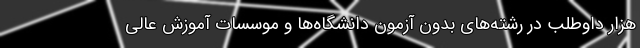
هزار داوطلب در رشته‌های بدون آزمون دانشگاه‌ها و موسسات آموزش عالی